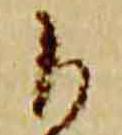
自